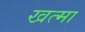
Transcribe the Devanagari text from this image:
खत्मा